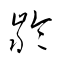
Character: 齢